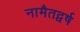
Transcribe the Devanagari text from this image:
नामैतद्वर्ष